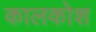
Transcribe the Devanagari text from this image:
कालकोश